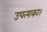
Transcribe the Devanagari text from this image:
उपत्यका।